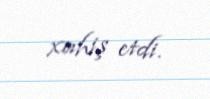
xahiş etdi.